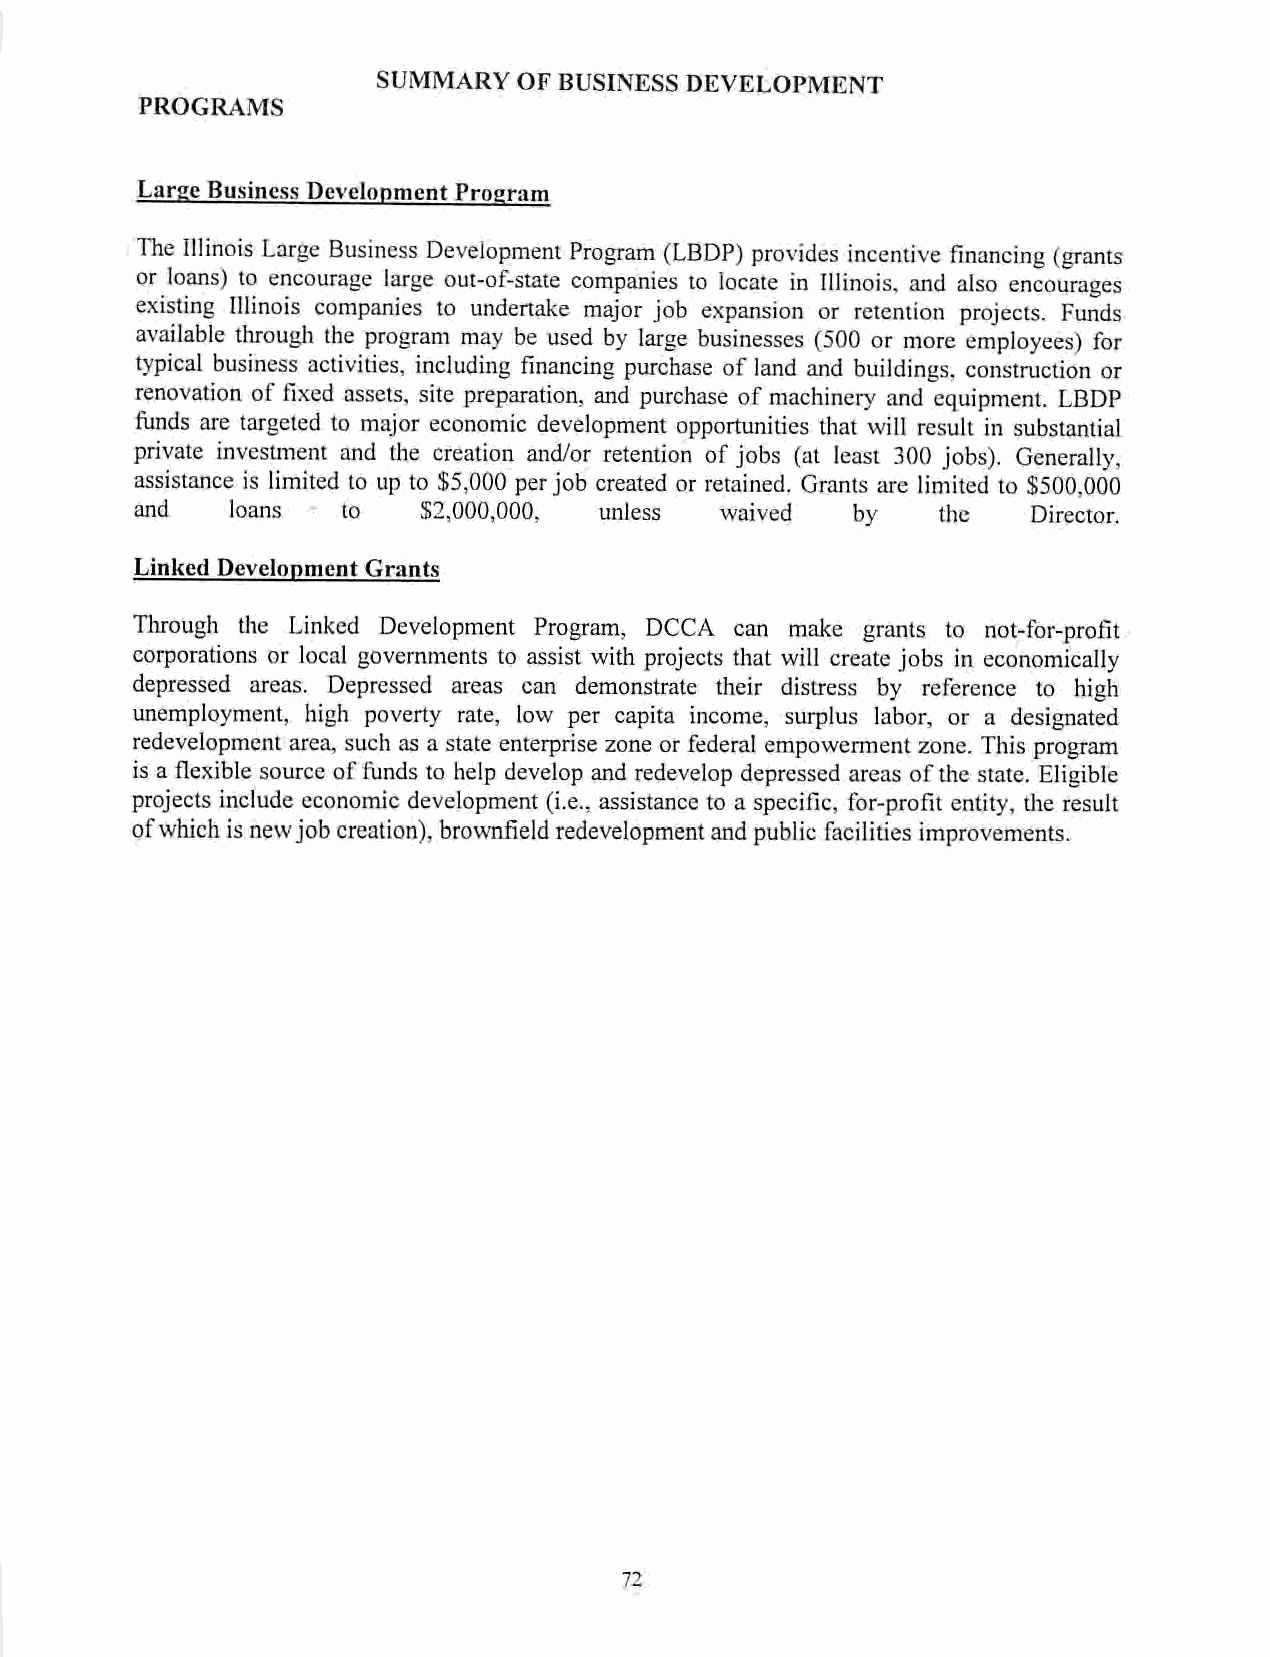
SUMMARY  OF BUSINESS DEVELOPMENT
 PROGRAMS
 Large Business Development Program
 The Illinois Large Business Development Program (LBDP) provides incentive financing (grants
 or loans) to encourage large out-of-state companies to locate in Illinois, and also encourages
 existing Illinois companies to undertake major job expansion or retention projects. Funds
 available through the program may be used by large businesses (500 or more employees) for
 typical business activities, including financing purchase ofland and buildings, construction or
 renovation of fixed assets, site preparation, and purchase of machinery and equipment. LBDP
 funds are targeted to major economic development opportunities that will result in substantial
 private investment and the creation and/or retention of jobs (at least 300 jobs). Generally,
 assistance is limited to up to$5,000 per job created orretained. Grants are limited to $500,000
 and   loans   to   $2,000,000, unless  waived  by    the   Director.
 Linked Development Grants
 Through the Linked Development Program, DCCA can make grants to not-for-profit
 corporations or local governments to assist with projects that will create jobs in economically
 depressed areas. Depressed areas can demonstrate their distress by reference to high
 unemployment, high poverty rate, low per capita income, surplus labor, or a designated
 redevelopment area, such asa state enterprise zone orfederal empowerment zone. This program
 isa flexible source of funds tohelp develop and redevelop depressed areas of the state. Eligible
 projectsincludeeconomic development (i.e.,assistance to a specific, for-profitentity, the result
 ofwhich isnewjobcreation), brownfield redevelopment andpublic facilities improvements.
 72